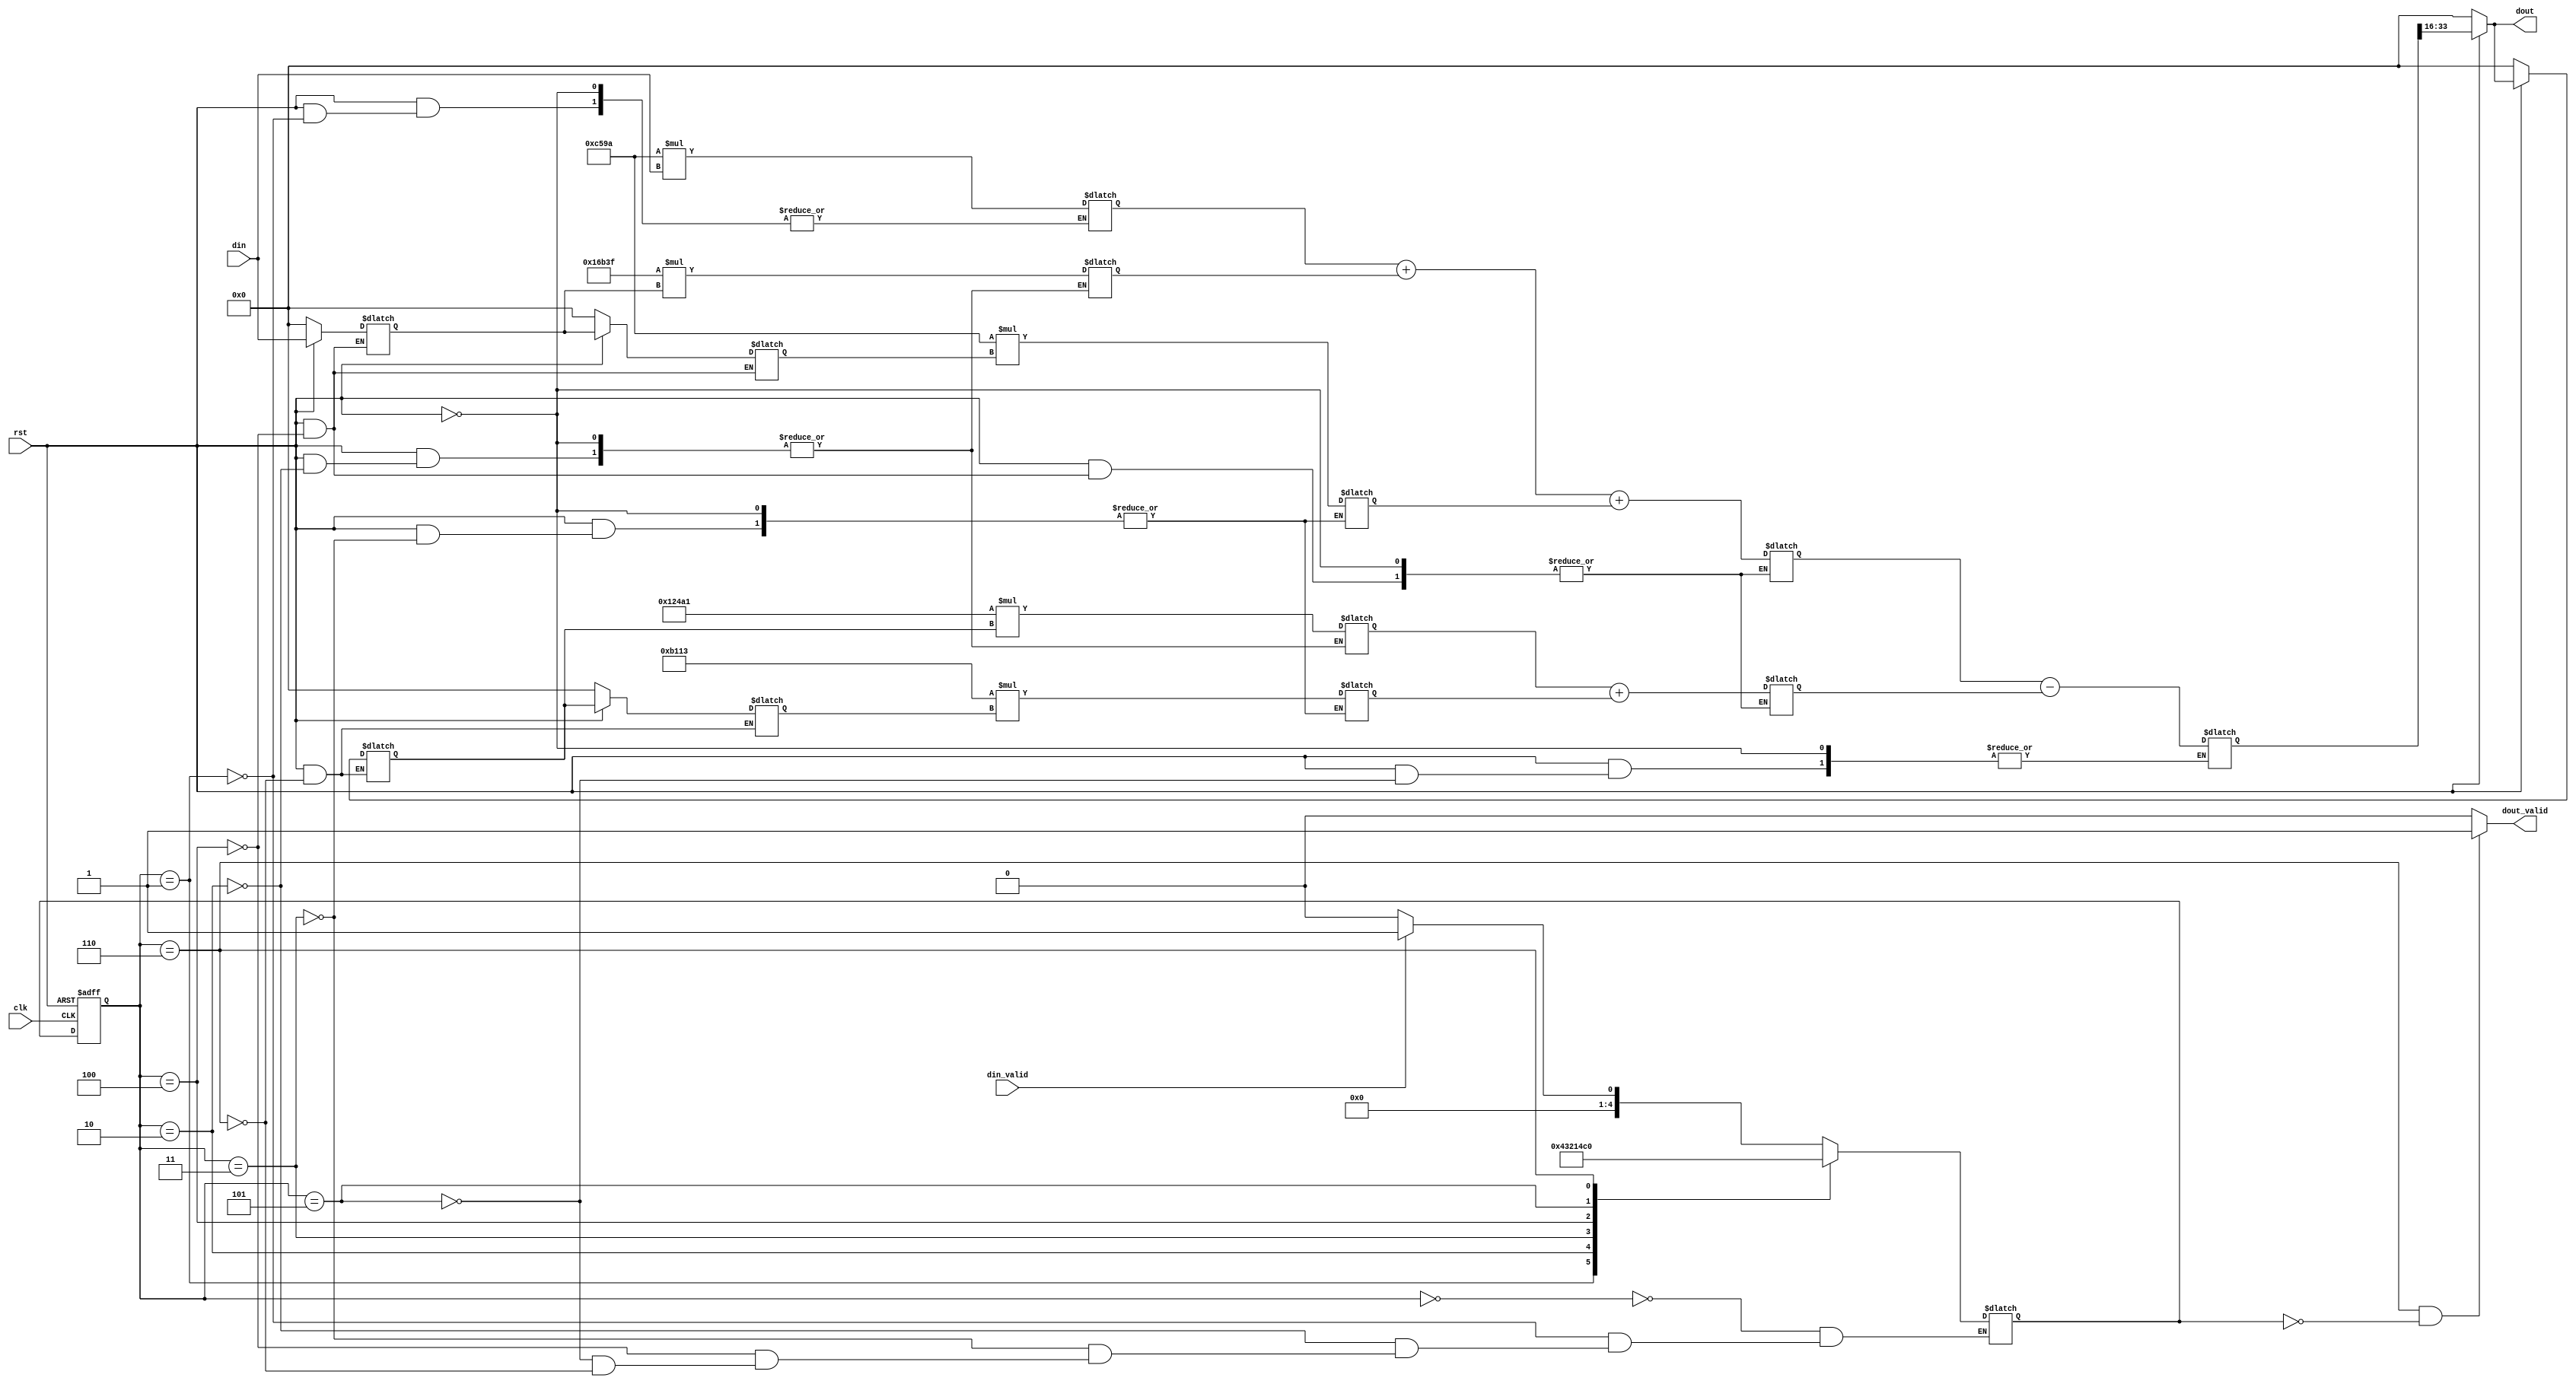
module IIR_m_5th(
rst,
clk,
din,
dout,
din_valid,
dout_valid
);

parameter b0=50586;
parameter b1=92991;
parameter b2=50586;
parameter a1=74913;
parameter a2=45331;


input rst;
input clk;
input signed[17:0] din;
input din_valid;

output signed[17:0] dout;
output dout_valid;

reg[4:0] cState,nState;
reg signed[17:0] x_reg0;
reg signed[17:0] x_reg1;

reg signed[35:0] x_mul1;
reg signed[35:0] x_mul2;
reg signed[35:0] x_mul3;

wire signed[35:0] x_int_mul1;
wire signed[35:0] x_int_mul2;
wire signed[35:0] x_int_mul3;

reg signed[35:0] x_sum;
//wire signed[17:0] x_temp;

reg signed[17:0] y_reg0;
reg signed[17:0] y_reg1;

reg signed[35:0] y_mul1;
reg signed[35:0] y_mul2;

wire signed[35:0] y_int_mul1;
wire signed[35:0] y_int_mul2;

reg signed[35:0] y_sum;
//wire signed[17:0] y_temp;

reg signed[35:0] dout_sum;
wire signed[17:0] dout_temp;

always @(negedge rst,posedge clk) begin
        if(!rst) begin
                cState<=0;
        end
        else begin
                cState<=nState;                
        end
end

always @(*) begin
        case(cState)
                0:if(din_valid) begin
                        nState<=1;
                  end
                  else begin
                        nState<=0;
                  end
                1:nState<=2;
                2:nState<=3;
                3:nState<=4;
                4:nState<=5;
                5:nState<=6;
                6:nState<=0;
                default:nState<=nState;
        endcase
end

always @(*) begin
        if(rst) begin
                case(cState)
                        1:x_mul1=b0*din;
                        2:begin
                                x_mul2=b1*x_reg0;
                                y_mul1=a1*y_reg0;
                        end
                        3:begin
                                x_mul3=b2*x_reg1;
                                y_mul2=a2*y_reg1;
                        end
                        4:begin
                                x_sum=x_int_mul1+x_int_mul2+x_int_mul3;
                                y_sum=y_int_mul1+y_int_mul2;
                        end
                        5:dout_sum=x_sum-y_sum;
                        default:;
                endcase
        end
end

always @(cState) begin
        if(rst) begin
                if(cState==4) begin
                        x_reg0<=din;
                        x_reg1<=x_reg0;
                end
                else begin
                        x_reg0<=x_reg0;
                        x_reg1<=x_reg1;
                end
        end
        else begin
                x_reg0<=18'd0;
                x_reg1<=18'd0;
        end
end

always @(cState) begin
        if(rst) begin
                if(cState==6) begin
                        y_reg0<=dout;
                        y_reg1<=y_reg0;
                end 
                else begin
                        y_reg0<=y_reg0;
                        y_reg1<=y_reg1;
                end
        end
        else begin
                y_reg0<=18'd0;
                y_reg1<=18'd0;
        end
end

assign x_int_mul1=x_mul1;
assign x_int_mul2=x_mul2;
assign x_int_mul3=x_mul3;
//assign x_temp=(x_sum[19:17]==3'b000||x_sum[19:17]==3'b111)?x_sum[17:0]:(x_sum[19])?18'h20000:18'h1ffff;
//
assign y_int_mul1=y_mul1;
assign y_int_mul2=y_mul2;
//assign y_temp=(y_sum[18:17]==2'b00||y_sum[18:17]==2'b11)?y_sum[17:0]:(y_sum[18])?18'h20000:18'h1ffff;
//
//assign dout_temp=(dout_sum[18:17]==2'b00||dout_sum[18:17]==2'b11)?dout_sum[17:0]:(dout_sum[18])?18'h800:18'h7ff;
//assign dout=(!rst)?18'd0:dout_temp;
//
//assign dout_valid=(cState==6 && nState==0)?1'b1:1'b0;



assign dout_temp=dout_sum[33:16];
assign dout=(!rst)?18'd0:dout_temp;

assign dout_valid=(cState==6 && nState==0)?1'b1:1'b0;

endmodule